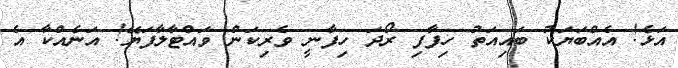
އަޅެ! އެއްބަޔަކު ބައިއަތު ހިފާފި ރޯދަ ހިފާނީ ވެރިކަން ވައްޓާލާފަޔޭ! އަނެއްކާ އެ